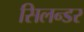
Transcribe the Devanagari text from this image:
सिलन्डर